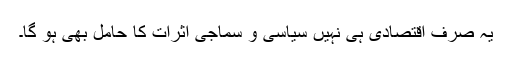
یہ صرف اقتصادی ہی نہیں سیاسی و سماجی اثرات کا حامل بھی ہو گا۔